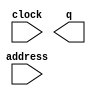
module Gameover (
	address,
	clock,
	q);

	input	[11:0]  address;
	input	  clock;
	output	[2:0]  q;
`ifndef ALTERA_RESERVED_QIS
// synopsys translate_off
`endif
	tri1	  clock;
`ifndef ALTERA_RESERVED_QIS
// synopsys translate_on
`endif

endmodule